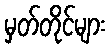
မှတ်တိုင်များ